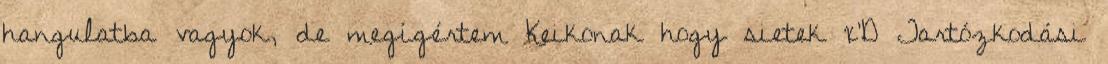
hangulatba vagyok, de megígértem Keikonak hogy sietek x'D Tartózkodási